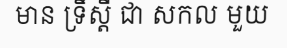
មាន ទ្រឹស្តី ជា សកល មួយ